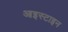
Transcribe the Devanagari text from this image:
आइस्टाइन